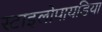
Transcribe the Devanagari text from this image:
स्टाइलोपायडिया